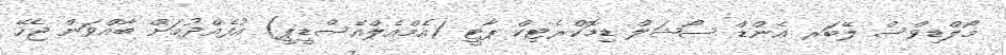
މޯލްޑިވްސް ލޭބަރ އެންޑް ސޯޝަލް ޑިމޮކްރެޓިކް ޕާޓީ (އެމްއެލްއެސްޑީޕީ) އުފެއްދުމަށް ބާއްވަން ޖެހޭ